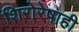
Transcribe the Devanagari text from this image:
शिरोरेषाही